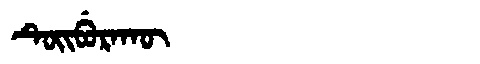
Manchu: ᡨᡠᡳᠪᡠᡵᠠᡴᡡ
Romanization: TUIBURAKŪ